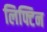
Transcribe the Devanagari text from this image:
लिफ्टिन